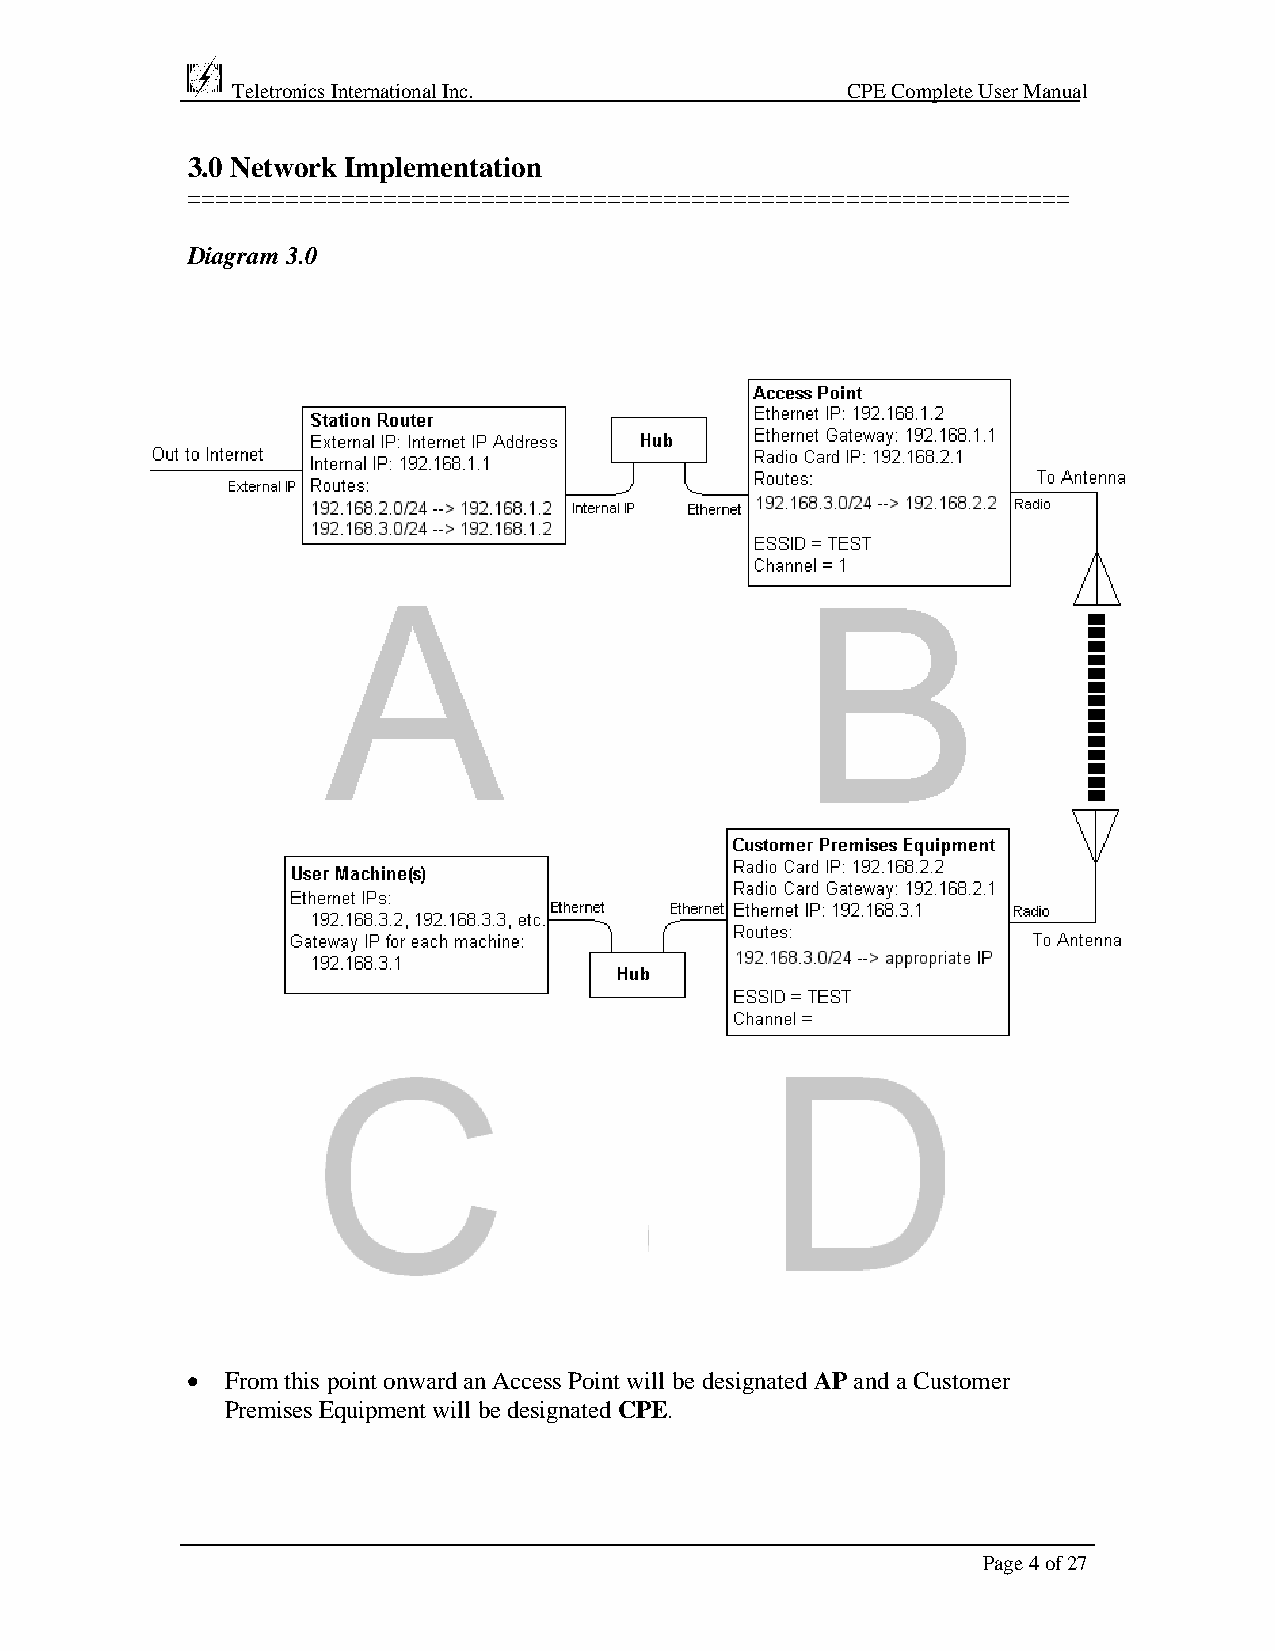
Teletronics International Inc.           CPE Complete User Manual
 3.0 Network Implementation
 ===============================================================
 Diagram 3.0
 •  From this point onward an Access Point will be designated AP and a Customer
 Premises Equipment will be designated CPE.
 Page 4 of 27